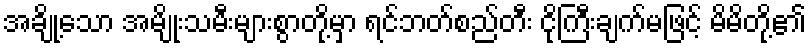
အချို့သော အမျိုးသမီးများစွာတို့မှာ ရင်ဘတ်စည်တီး ငိုကြီးချက်မဖြင့် မိမိတို့၏